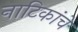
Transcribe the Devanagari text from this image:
नाटिकांचे